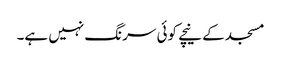
مسجد کے نیچے کوئی سرنگ نہیں ہے۔